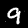
Label: 9